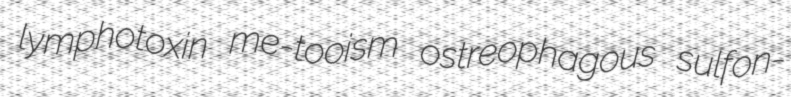
lymphotoxin me-tooism ostreophagous sulfon-